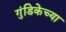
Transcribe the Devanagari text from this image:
गुंडिकेच्या